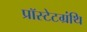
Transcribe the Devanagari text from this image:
प्रॉस्टेटग्रंथि